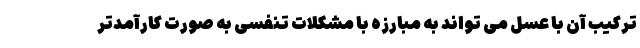
ترکیب آن با عسل می تواند به مبارزه با مشکلات تنفسی به صورت کارآمدتر